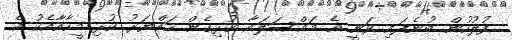
ފުލުހުން ބުނެފައި ވަނީ އެ މައްސަލައާ ގުޅިގެން ހައްޔަރު ކުރި މީހާއާއެކު އެ